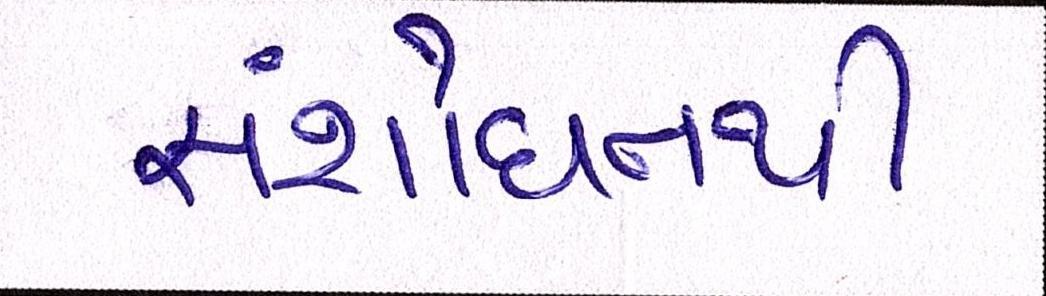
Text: સંશોધનથી